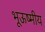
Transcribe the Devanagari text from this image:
भूऊष्मीय